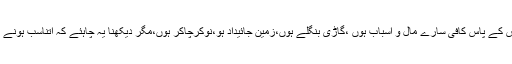
عام طورپر لوگ اس شخص کو دولت مند سمجھتے ہیں جس کے پاس کافی سارے مال و اسباب ہوں ،گاڑی بنگلے ہوں،زمین جائیداد ہو،نوکرچاکر ہوں،مگر دیکھنا یہ چاہئے کہ اتناسب ہونے کے بعد بھی کیا وہ شخص مزید کمانے سے رک جاتاہے؟